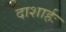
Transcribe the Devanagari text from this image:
दाशार्हः